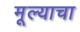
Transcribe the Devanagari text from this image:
मूल्याचा